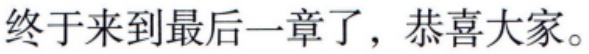
终于来到最后一章了，恭喜大家。